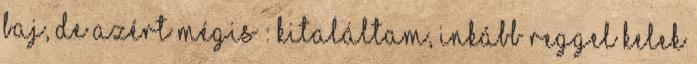
baj, de azért mégis : Kitaláltam, inkább reggel kelek